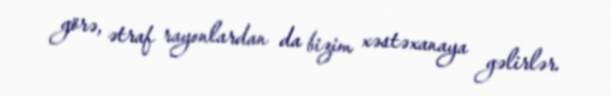
görə, ətraf rayonlardan da bizim xəstəxanaya gəlirlər.